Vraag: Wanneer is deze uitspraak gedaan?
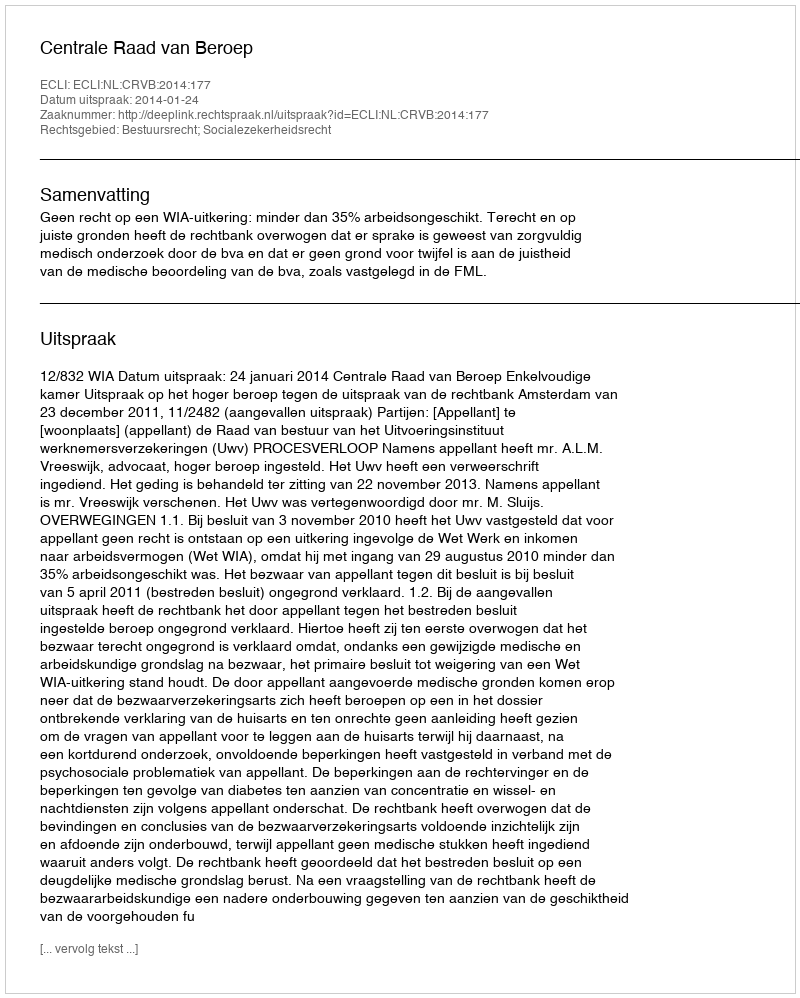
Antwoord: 2014-01-24